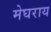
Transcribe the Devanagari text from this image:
मेघराय